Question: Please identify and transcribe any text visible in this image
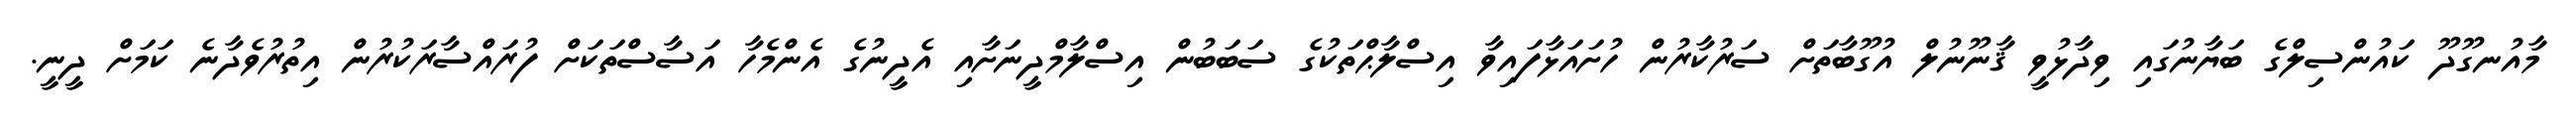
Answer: މާއުނގޫދޫ ކައުންސިލްގެ ބަޔާނުގައި ވިދާޅުވީ ޤާނޫނުލް އުގޫބާތަށް ސަރުކާރުން ހުށައަޅާފައިވާ އިސްލާޙްތަކުގެ ސަބަބުން އިސްލާމްދީނަށާއި އެދީނުގެ އެންމެހާ އަސާސްތަކަށް ފުރައްސާރަކުރުން އިތުރުވެދާނެ ކަމަށް ދީނީ.